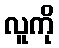
လူကို